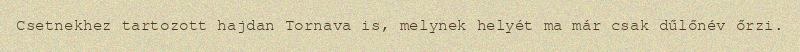
Csetnekhez tartozott hajdan Tornava is, melynek helyét ma már csak dűlőnév őrzi.